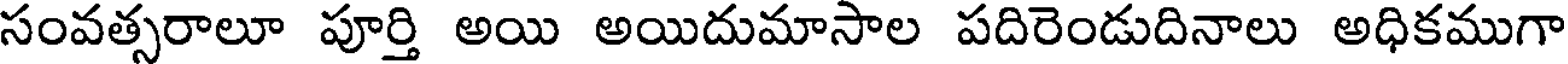
సంవత్సరాలూ పూర్తి అయి అయిదుమాసాల పదిరెండుదినాలు అధికముగా